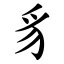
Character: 豸